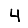
Digit: 4